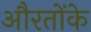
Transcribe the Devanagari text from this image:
औरतोंके